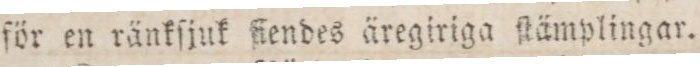
för en ränkſjuk fiendes äregiriga ſtämplingar.